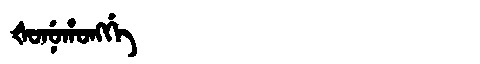
Manchu: ᡧᠣᠨᡠᡥᠣᠩᡤᡝ
Romanization: ŠONUHONGGE